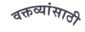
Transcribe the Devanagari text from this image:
वक्तव्यांसाठी